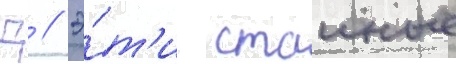
Д // Э́т'и стаиные